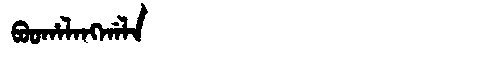
Manchu: ᠪᠣᠣᡥᠠᠯᠠᠩᡤᠠᠯᠠ
Romanization: BOOHALANGGALA